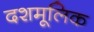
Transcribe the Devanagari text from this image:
दशमूलिक